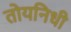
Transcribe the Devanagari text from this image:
तोयनिधी